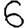
Digit: 6